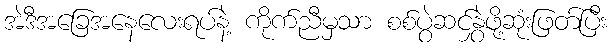
အဲဒီအခြေအနေလေးရပ်နဲ့ ကိုက်ညီမှသာ စစ်ပွဲဆင်နွှဲဖို့ဆုံးဖြတ်ပြီး